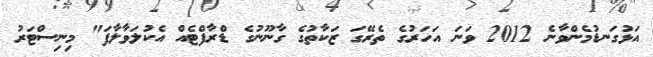
އަޅުގަނޑުމެންވާނެ 2012 ވަނަ އަހަރުގެ ތެރޭގަ ޒަކާތުގެ ގާނޫނުގެ ޑްރާފްޓެއް އެކުލަވާލާފަ" މިނިސްޓަރު